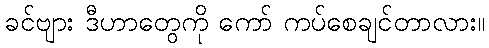
ခင်ဗျား ဒီဟာတွေကို ကော် ကပ်စေချင်တာလား။